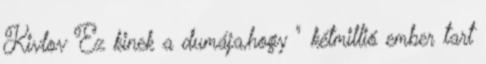
Kivlov Ez kinek a dumája,hogy " kétmillió ember tart